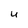
Character: U